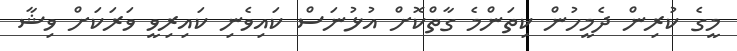
މީގެ ކުރިން ދެމީހުން ކިތަންމެ ގާތްކޮށް އުޅުނަސް ކައިވެނި ކައިރިވީ ވަރަކަށް ވިޝާ